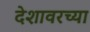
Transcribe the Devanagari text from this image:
देशावरच्या